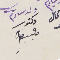
ولد سيادتكم دكتور حبيب ضاهر